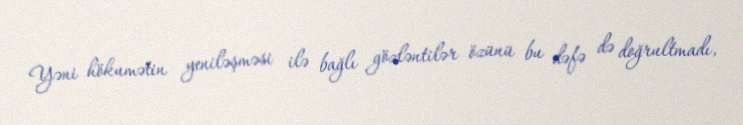
Yəni hökumətin yeniləşməsi ilə bağlı gözləntilər özünü bu dəfə də doğrultmadı,